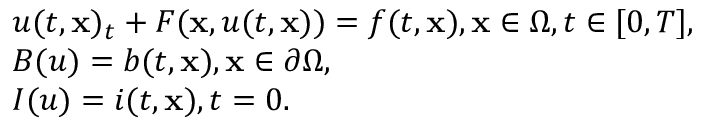
\begin{array} { l } { u { ( t , { \bf { x } } ) _ { t } } + { \cal F } ( { \bf { x } } , u ( t , { \bf { x } } ) ) = f ( t , { \bf { x } } ) , \mathrm { { } } { \bf { x } } \in \Omega , t \in [ 0 , T ] , } \\ { { \cal B } ( u ) = b ( t , { \bf { x } } ) , \mathrm { { } } { \bf { x } } \in \partial \Omega , } \\ { { \cal I } ( u ) = i ( t , { \bf { x } } ) , \mathrm { { } } t = 0 . } \end{array}